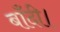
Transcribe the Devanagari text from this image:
बाँदी।